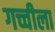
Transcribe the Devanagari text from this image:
गच्चीला